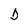
Character: D